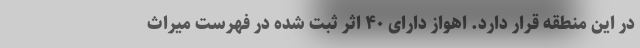
در این منطقه قرار دارد. اهواز دارای ۴۰ اثر ثبت شده در فهرست میراث